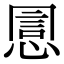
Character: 𢝯